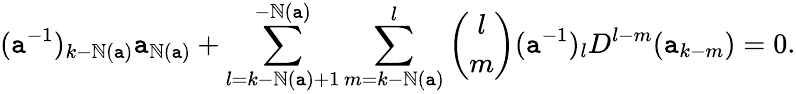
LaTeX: (\mathtt{a}^{-1})_{k-\mathbb{N}(\mathtt{a})}\mathtt{a}_{\mathbb{N}(\mathtt{a})}+\sum_{l=k-\mathbb{N}(\mathtt{a})+1}^{-\mathbb{N}(\mathtt{a})}\sum_{m=k-\mathbb{N}(\mathtt{a})}^{l}{\binom{l}{m}}(\mathtt{a}^{-1})_{l}D^{l-m}(\mathtt{a}_{k-m})=0.